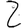
Digit: 2